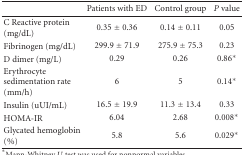
<table><thead><tr><td><b> </b></td><td><b>Patients with ED</b></td><td><b>Control group</b></td><td><b><i>P</i> value</b></td></tr></thead><tbody><tr><td>C Reactive protein (mg/dL)</td><td>0.35 ± 0.36</td><td>0.14 ± 0.11</td><td>0.05</td></tr><tr><td>Fibrinogen (mg/dL)</td><td>299.9 ± 71.9</td><td>275.9 ± 75.3</td><td>0.23</td></tr><tr><td>D dimer (mg/L)</td><td>0.29</td><td>0.26</td><td>0.86*</td></tr><tr><td>Erythrocyte sedimentation rate (mm/h)</td><td>6</td><td>5</td><td>0.14*</td></tr><tr><td>Insulin (uUI/mL)</td><td>16.5 ± 19.9</td><td>11.3 ± 13.4</td><td>0.33</td></tr><tr><td>HOMA-IR</td><td>6.04</td><td>2.68</td><td>0.008*</td></tr><tr><td>Glycated hemoglobin (%)</td><td>5.8</td><td>5.6</td><td>0.029*</td></tr></tbody></table>